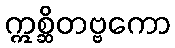
ဣစ္ဆိတဗ္ဗကော